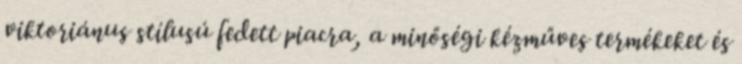
viktoriánus stílusú fedett piacra, a minőségi kézműves termékeket és